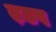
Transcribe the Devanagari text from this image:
त़डप